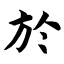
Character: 於